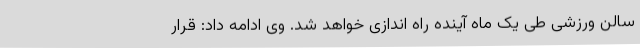
سالن ورزشی طی یک ماه آینده راه اندازی خواهد شد. وی ادامه داد: قرار